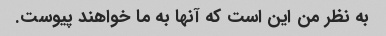
به نظر من این است که آنها به ما خواهند پیوست.